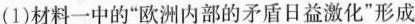
(1)材料一中的“欧洲内部的矛盾日益激化”形成